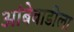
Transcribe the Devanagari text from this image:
आंबेवाडीला